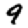
Digit: 9